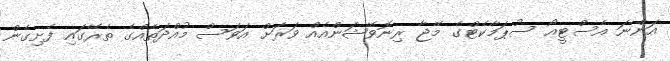
އަންނަ އެސްޓީއޯ ސުޕަމާކެޓްގެ މޭޖާ ރިނޮވޭޝަންއެއް ވަރަށް އަވަސް މުއްދަތެއްގެ ތެރޭގައި ފެށިގެން